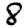
Digit: 8